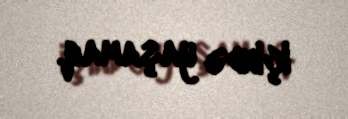
içində yaşamaq.